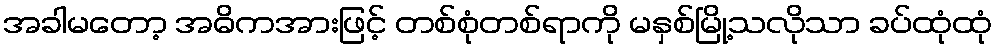
အခါမတော့ အဓိကအားဖြင့် တစ်စုံတစ်ရာကို မနှစ်မြို့သလိုသာ ခပ်ထုံထုံ